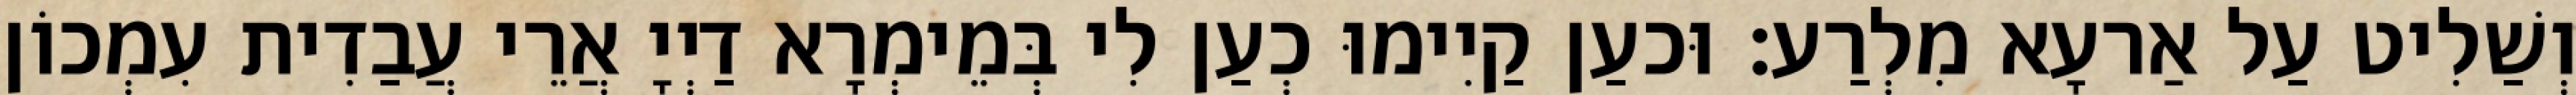
וְשַׁלִיט עַל אַרעָא מִלְרַע׃ וּכעַן קַיִימוּ כְעַן לִי בְּמֵימְרָא דַיְיָ אֲרֵי עֲבַדִית עִמְכוֹן